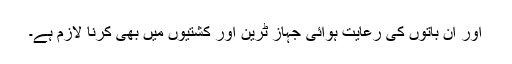
اور ان باتوں کی رعایت ہوائی جہاز ٹرین اور کشتیوں میں بھی کرنا لازم ہے۔